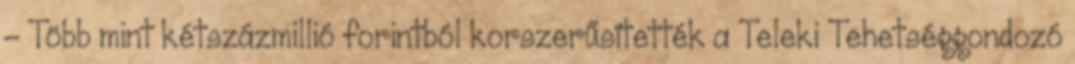
– Több mint kétszázmillió forintból korszerűsítették a Teleki Tehetséggondozó